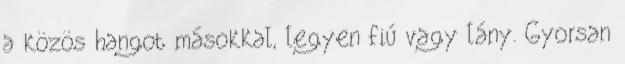
a közös hangot másokkal, legyen fiú vagy lány. Gyorsan